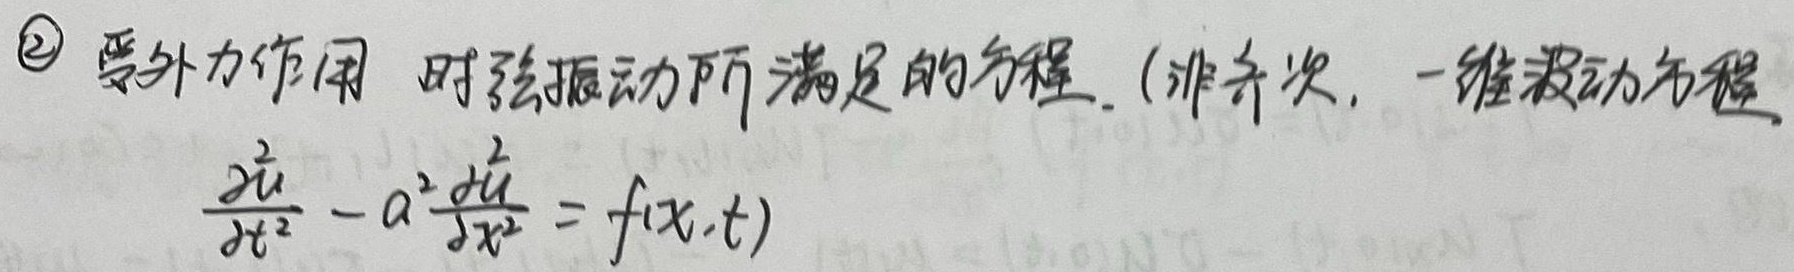
\textcircled{2} 受外力作用时弦振动所满足的方程. (非齐次, 一维波动方程)
\[\frac{\partial^2 u}{\partial t^2} - a^2\frac{\partial^2 u}{\partial x^2} = f(x,t)\]